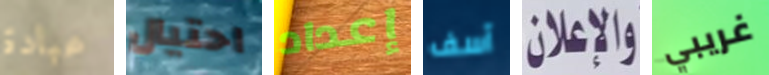
عبادة احتيال إعداد آسف والاعلان غريبي